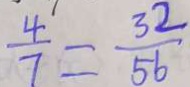
\frac { 4 } { 7 } = \frac { 3 2 } { 5 6 }